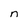
Character: n